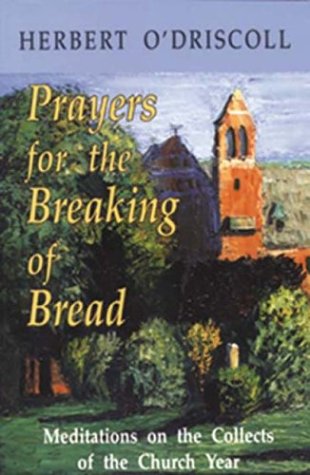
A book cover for Prayers for the Breaking of Bread: Meditations on the Collects of the Church Year; Herbert O'Driscoll; Christian Books & Bibles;